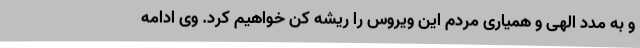
و به مدد الهی و همیاری مردم این ویروس را ریشه کن خواهیم کرد. وی ادامه